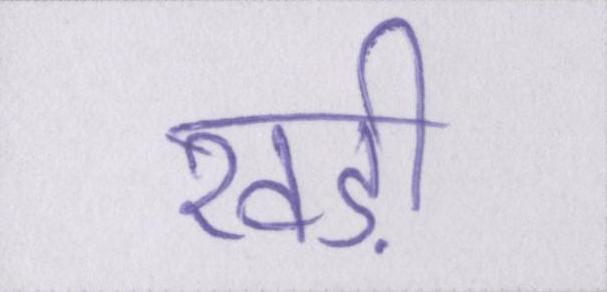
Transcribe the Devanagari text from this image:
खड़ी